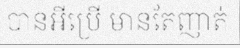
បានអីប្រើ មានតែញាត់